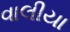
વાલીયા